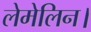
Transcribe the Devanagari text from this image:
लेमेलिन।